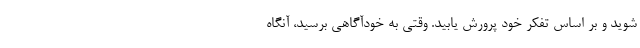
شوید و بر اساس تفکر خود پرورش یابید. وقتی به خودآگاهی برسید، آنگاه